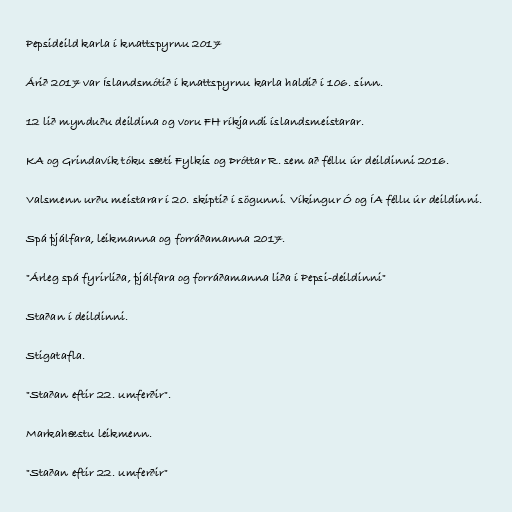
Pepsideild karla í knattspyrnu 2017

Árið 2017 var Íslandsmótið í knattspyrnu karla haldið í 106. sinn.

12 lið mynduðu deildina og voru FH ríkjandi íslandsmeistarar.

KA og Grindavík tóku sæti Fylkis og Þróttar R. sem að féllu úr deildinni 2016.

Valsmenn urðu meistarar í 20. skiptið í sögunni. Víkingur Ó og ÍA féllu úr deildinni.

Spá þjálfara, leikmanna og forráðamanna 2017.

"Árleg spá fyrirliða, þjálfara og forráðamanna liða í Pepsi-deildinni"

Staðan í deildinni.

Stigatafla.

"Staðan eftir 22. umferðir".

Markahæstu leikmenn.

"Staðan eftir 22. umferðir"